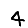
Digit: 4